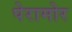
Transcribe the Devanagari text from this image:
पेरामोर